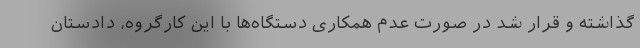
گذاشته و قرار شد در صورت عدم همکاری دستگاه‌ها با این کارگروه، دادستان